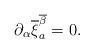
LaTeX: \begin{align*}\partial_{\alpha}\overline{\xi}^{\overline{\beta}}_a = 0 .\end{align*}